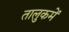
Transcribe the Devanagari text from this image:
तालुकमें